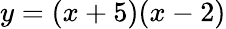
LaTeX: y=(x+5)(x-2)